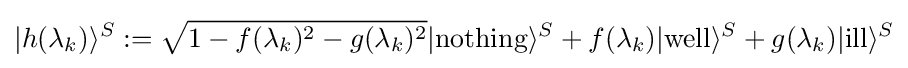
|h(\lambda _{k})\rangle ^{S}:={\sqrt {1-f(\lambda _{k})^{2}-g(\lambda _{k})^{2}}}|\mathrm {nothing} \rangle ^{S}+f(\lambda _{k})|\mathrm {well} \rangle ^{S}+g(\lambda _{k})|\mathrm {ill} \rangle ^{S}